Burma Government Medical School reports 1907-22
Year: 1907
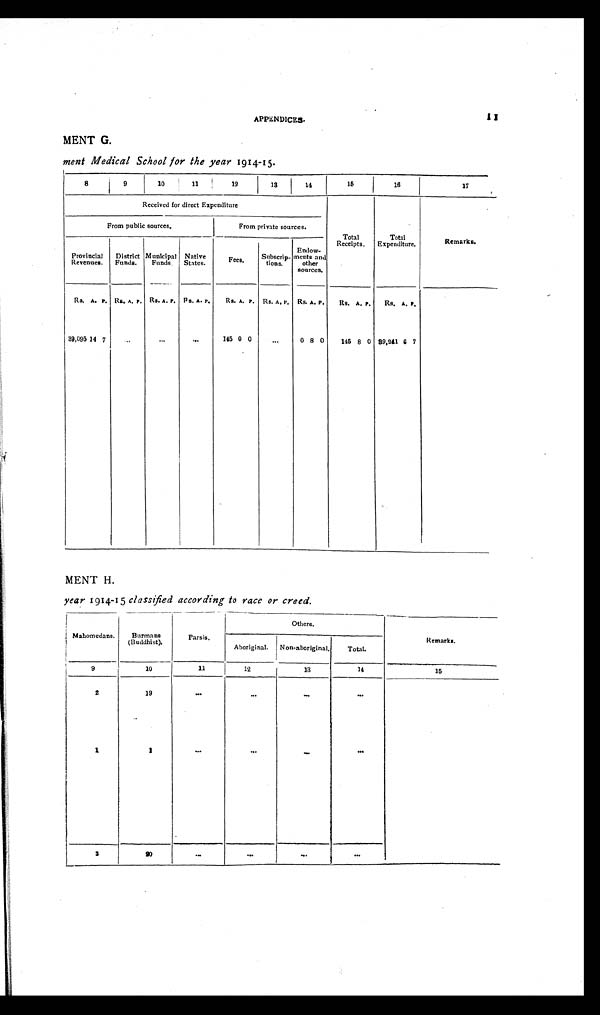
APPENDICES.
11
MENT G.
ment Medical School for the year 1914-15.
8
9
10
11
12
13
14
15
16
17
Received for direct Expenditure
Total
Receipts.
Total
Expenditure.
Remarks.
From public sources.
From private sources.
Provincial
Revenues.
District
Funds.
Municipal
Funds.
Native
States.
Fees. Subscrip- tions.
Endow-
ments and
other
sources.
Rs. A. P. Rs. A. P. Rs. A. P. Rs. A. P. Rs. A. P. Rs. A. P. Rs. A. P. Rs. A. P . Rs. A. P.
39,095 14 7
...
...
. . . 145 0 0
...
0 8 0 145 8 0 39,241 6 7
MENT H.
year 1914-15 classified according to race or creed.
Mahomedans. Burmans
(Buddhist).
Par s i s .
Others.
Remarks.
Aboriginal. Non-aboriginal. T o t a l .
9
10
11
12
13
14
15
2
19
. . .
. . .
. . .
. . .
1
1
...
...
...
...
3
2 0
. . .
. . .
. . .
. . .